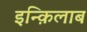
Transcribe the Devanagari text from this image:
इन्क़िलाब